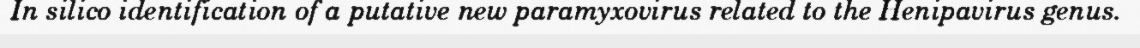
In silico identification of a putative new paramyxovirus related to the Henipavirus genus.